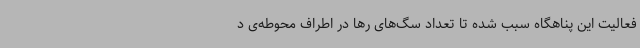
فعالیت این پناهگاه سبب شده تا تعداد سگ‌های رها در اطراف محوطه‌ی د